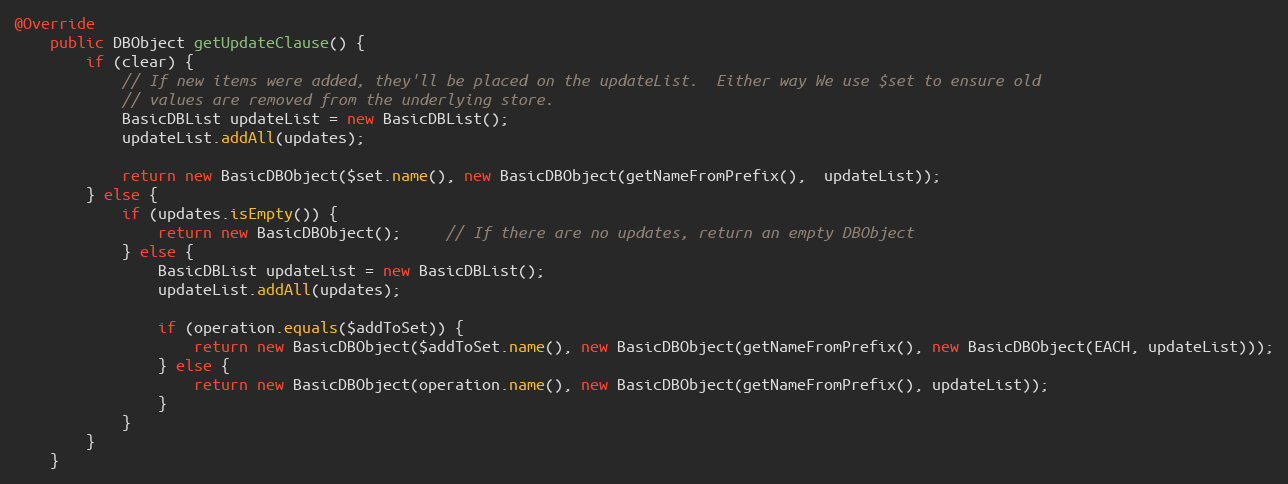
Language: Java
@Override
    public DBObject getUpdateClause() {
        if (clear) {
            // If new items were added, they'll be placed on the updateList.  Either way We use $set to ensure old
            // values are removed from the underlying store.
            BasicDBList updateList = new BasicDBList();
            updateList.addAll(updates);

            return new BasicDBObject($set.name(), new BasicDBObject(getNameFromPrefix(),  updateList));
        } else {
            if (updates.isEmpty()) {
                return new BasicDBObject();     // If there are no updates, return an empty DBObject
            } else {
                BasicDBList updateList = new BasicDBList();
                updateList.addAll(updates);

                if (operation.equals($addToSet)) {
                    return new BasicDBObject($addToSet.name(), new BasicDBObject(getNameFromPrefix(), new BasicDBObject(EACH, updateList)));
                } else {
                    return new BasicDBObject(operation.name(), new BasicDBObject(getNameFromPrefix(), updateList));
                }
            }
        }
    }